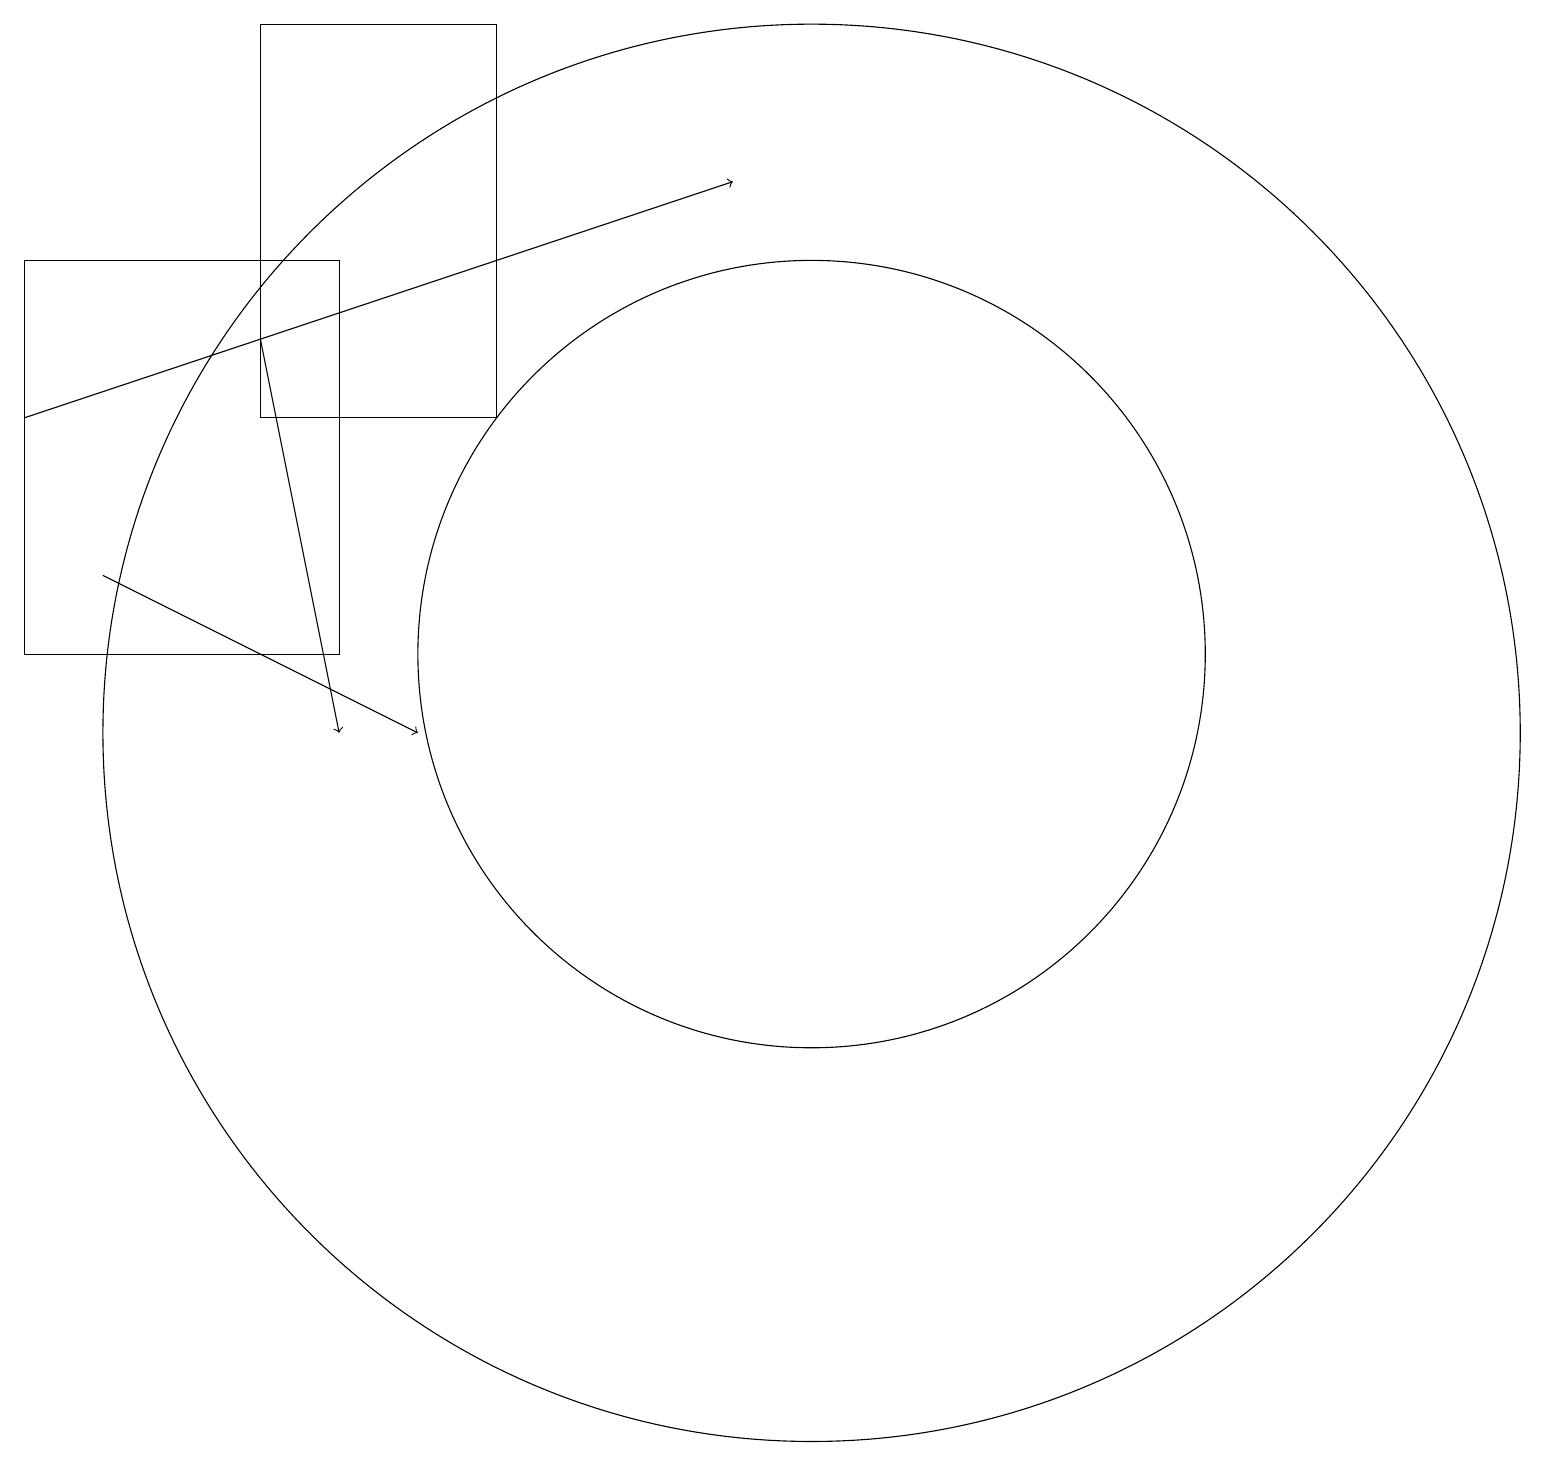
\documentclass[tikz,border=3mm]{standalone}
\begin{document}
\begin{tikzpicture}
\draw[->] (1,12) -- (5,10);
\draw (10,11) circle (5);
\draw (0,16) rectangle (4,11);
\draw[->] (0,14) -- (9,17);
\draw (10,10) circle (9);
\draw[->] (3,15) -- (4,10);
\draw (3,14) rectangle (6,19);
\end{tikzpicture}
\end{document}